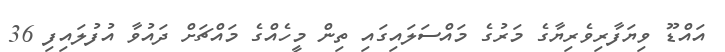
އައްޑޫ ވިޔަފާރިވެރިޔާގެ މަރުގެ މައްސަލައިގައި ތިން މީހެއްގެ މައްޗަށް ދައުވާ އުފުލައިފި 36